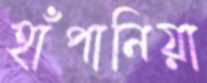
হাঁপানিয়া